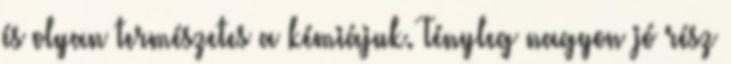
és olyan természetes a kémiájuk. Tényleg nagyon jó rész